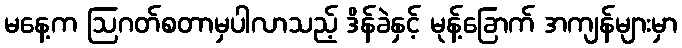
မနေ့က ဩဂတ်စတာမှပါလာသည့် ဒိန်ခဲနှင့် မုန့်ခြောက် အကျန်များမှာ